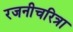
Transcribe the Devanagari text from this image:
रजनीचरित्रा